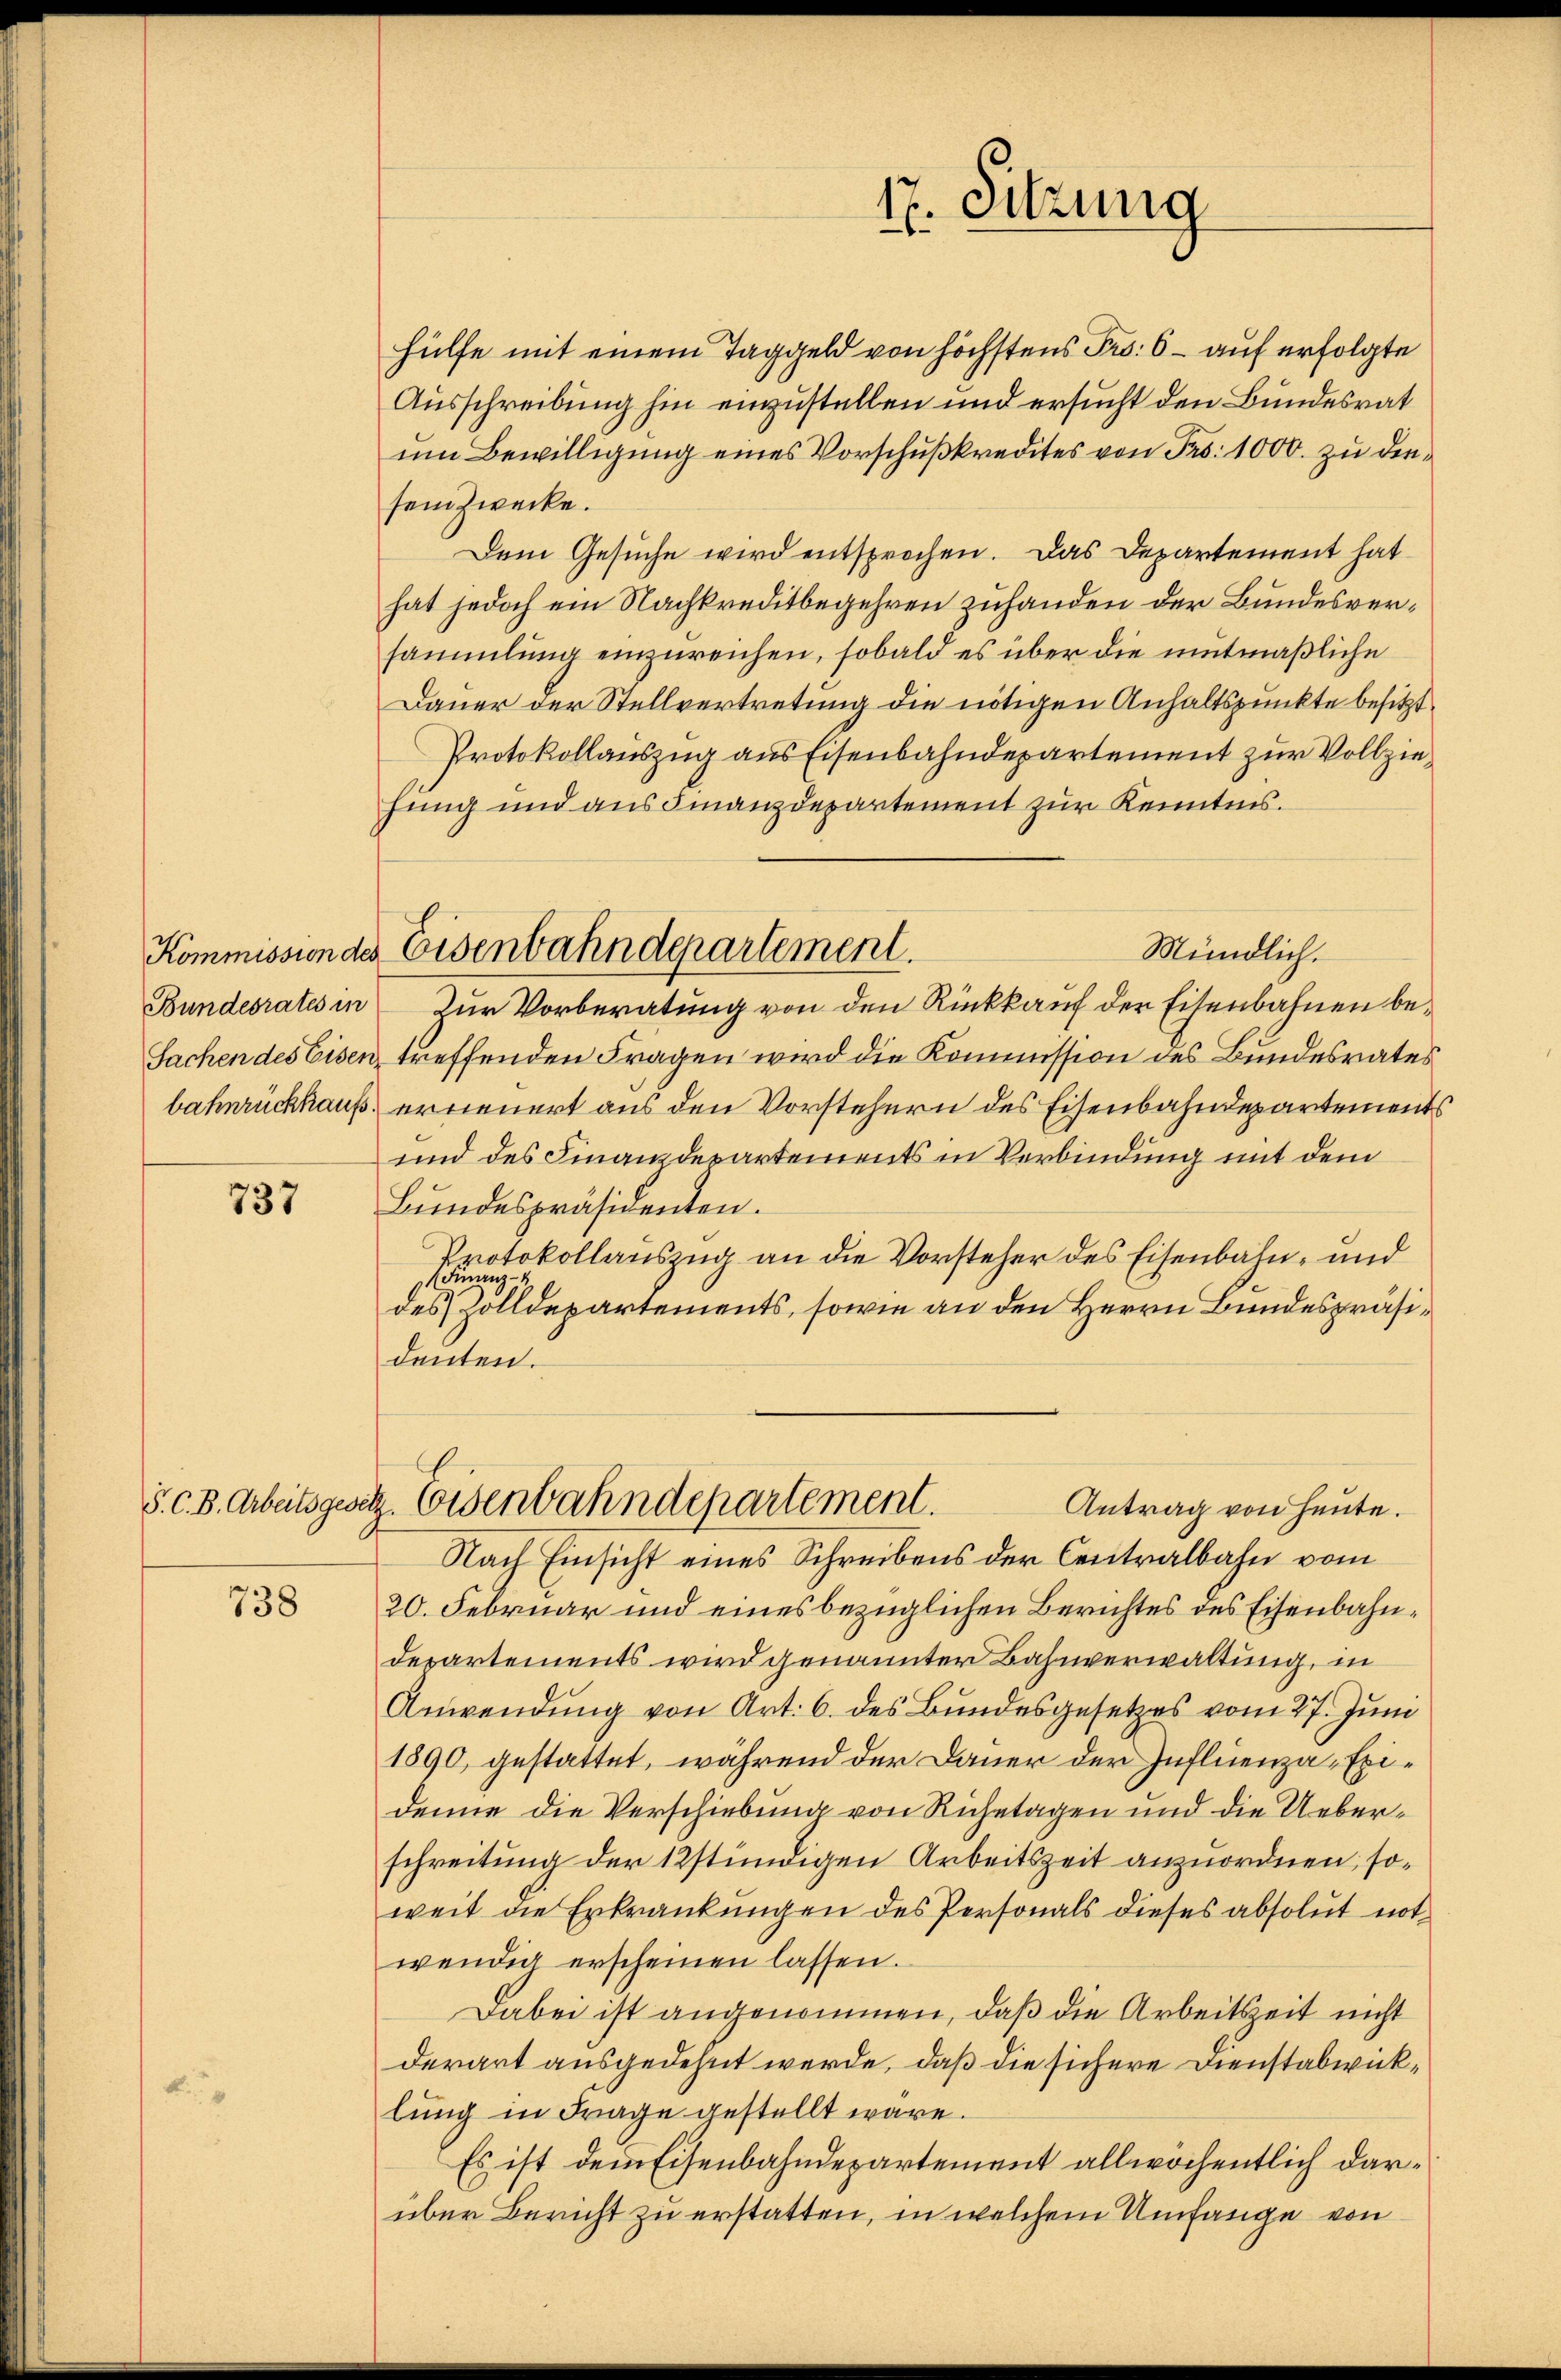
737

738

hülfe mit einem Taggeld von höchstens Fr. 6 – auf erfolgte
Ausschreibung hin einzustellen und ersucht den Bundesrat
ŭm Bewilligung eines Vorschußkredites von Frs. 1000. zu die
sein Zwecke.
Dem Gesuche wird entsprochen. Das Departement hat
hat jedoch ein Nachkreditbegehren zuhanden der Bundesversammlung einzureichen, sobald es über die mutmaßliche
Dauer der Stellvertretung die nötigen Anhaltspunkte besitzt
Protokollauszug aus Eisenbahndepartement zur Vollziehung und aus Finanzdepartement zur Kenntnis.
Bundesrates in Zur Vorberatung von den Rückkauf der Eisenbahnen be¬
Sachen des Eisen treffenden Fragen wird die Kommission des Bundesrates
bahnrückkaufs, erneuert aus den Vorstehern des Eisenbahndepartement
und des Finanzdepartements in Verbindung mit dem
Bundespräsidenten.
Protokollauszug an die Vorsteher des Eisenbahn- und
Finanz
des Zolldepartements, sowie an den Herrn Bundespräsidenten.
S. C. B. Arbeitsgesetz. Eisenbahndepartement.
Antrag von Heute.
Nach Einsicht eines Schreibens der Centralbahn vom
20. Februar und eines bezüglichen Berichtes des Eisenbahnderartements wird genannter Bahnverwaltung, in
Anwendung von Art. 6. des Bundesgesetzes vom 27. Juni
1890, gestattet, während der Dauer der Influenza-Exidemie die Verschiebung von Ruhetagen und die Ueberschreitung der 12stündigen Arbeitszeit anzuordnen, soweit die Erkrankungen des Personals dieses absolut notwendig erscheinen lassen.
Dabei ist angenommen, daß die Arbeitszeit nicht
derart ausgedehnt werde, daß die sichere Dienstabwicklung in Frage gestellt wäre.
Es ist dem Eisenbahndepartement allwöchentlich darüber Bericht zu erstatten, in welchem Umfange von

Kommission des Eisenbahndepartement.

17. Sitzung

Mündlich.